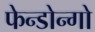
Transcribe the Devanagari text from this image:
फेन्डोन्गो